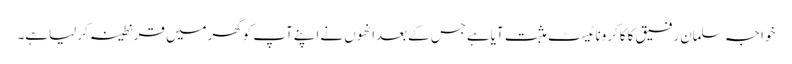
خواجہ سلمان رفیق کاکاکروناٹیسٹ مثبت آیاہےجس کےبعدانھوں نےاپنےآپ کوگھرمیں قرنطینہ کرلیاہے۔